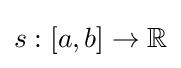
s:[a,b]\to \mathbb {R}